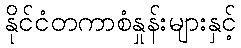
နိုင်ငံတကာစံနှုန်းများနှင့်